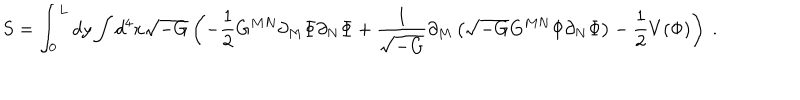
S = \int _ { 0 } ^ { L } d y \int d ^ { 4 } x \sqrt { - G } \left( - \frac { 1 } { 2 } G ^ { M N } \partial _ { M } \Phi \partial _ { N } \Phi + \frac { 1 } { \sqrt { - G } } \partial _ { M } \left( \sqrt { - G } G ^ { M N } \Phi \partial _ { N } \Phi \right) - \frac { 1 } { 2 } V ( \Phi ) \right) \ .